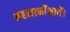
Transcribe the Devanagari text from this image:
महत्वाकाँक्षायें।